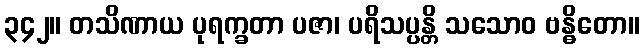
၃၄၂။ တသိဏာယ ပုရက္ခတာ ပဇာ၊ ပရိသပ္ပန္တိ သသောဝ ဗန္ဓိတော။